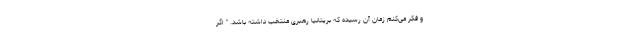
و فکر می‌کنم زمان آن رسیده که بریتانیا رهبری منتخب داشته باشد. " اگر